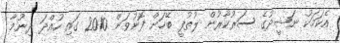
އެކަމަކު ނަޝީދުގެ ސަރުކާރުން ލުތުފީ ބޭހަށް ފޮނުވަން 2010 ގައި ހުއްދަ ދިނުމާ